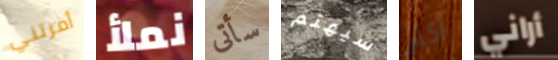
أمرتني نملأ سأتى سيهتم أكثر أراني